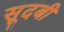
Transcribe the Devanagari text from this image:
सूदबी